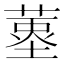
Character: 𦹆